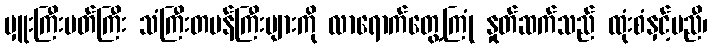
မှူးကြီးမတ်ကြီး သံကြီးတမန်ကြီးများကို လာရောက်တွေ့ကြုံ နှုတ်ဆက်သည် ထုံးစံနှင့်မညီ၊